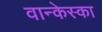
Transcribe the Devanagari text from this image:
वान्केस्का